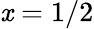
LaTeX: \mathit{x}=1/2